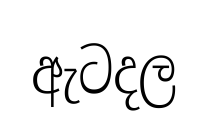
ඇටදල